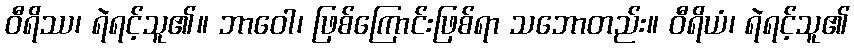
ဝီရိဿ၊ ရဲရင့်သူ၏။ ဘာဝေါ၊ ဖြစ်ကြောင်းဖြစ်ရာ သဘောတည်း။ ဝီရိယံ၊ ရဲရင့်သူ၏